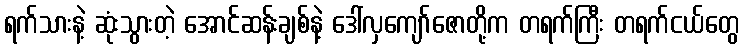
ရက်သားနဲ့ ဆုံးသွားတဲ့ အောင်ဆန်းချစ်နဲ့ ဒေါ်လှကျော်ဇောတို့က တရက်ကြီး တရက်ငယ်တွေ